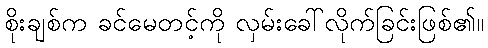
စိုးချစ်က ခင်မေတင့်ကို လှမ်းခေါ်လိုက်ခြင်းဖြစ်၏။